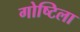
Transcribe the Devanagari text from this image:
गोष्टिला